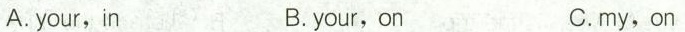
A. your, in B. your, on C.my,on